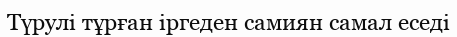
Түрулі тұрған іргеден самиян самал еседі